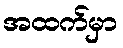
အထက်မှာ